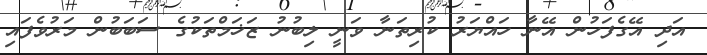
އަދި އޭގެފަހުން އޭނާ ހައްޔަރު ކުރިތަނާ ވަނީ ލިބުނު ޒަޚަމްތަކުގެ ސަބަބުން މަރުވެފައި